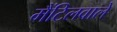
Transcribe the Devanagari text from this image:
मैंटिलवाले